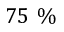
7 5 \ \%